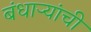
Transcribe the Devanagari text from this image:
बंधाऱ्यांची